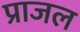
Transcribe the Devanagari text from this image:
प्राजल